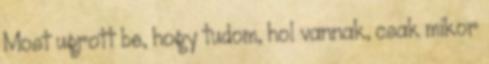
Most ugrott be, hogy tudom, hol vannak, csak mikor